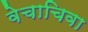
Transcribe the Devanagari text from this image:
वेचाचिवा